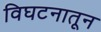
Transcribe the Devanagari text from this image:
विघटनातून